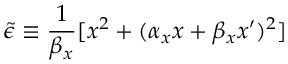
\tilde { \epsilon } \equiv \frac { 1 } { \beta _ { x } } [ x ^ { 2 } + ( \alpha _ { x } x + \beta _ { x } x ^ { \prime } ) ^ { 2 } ]